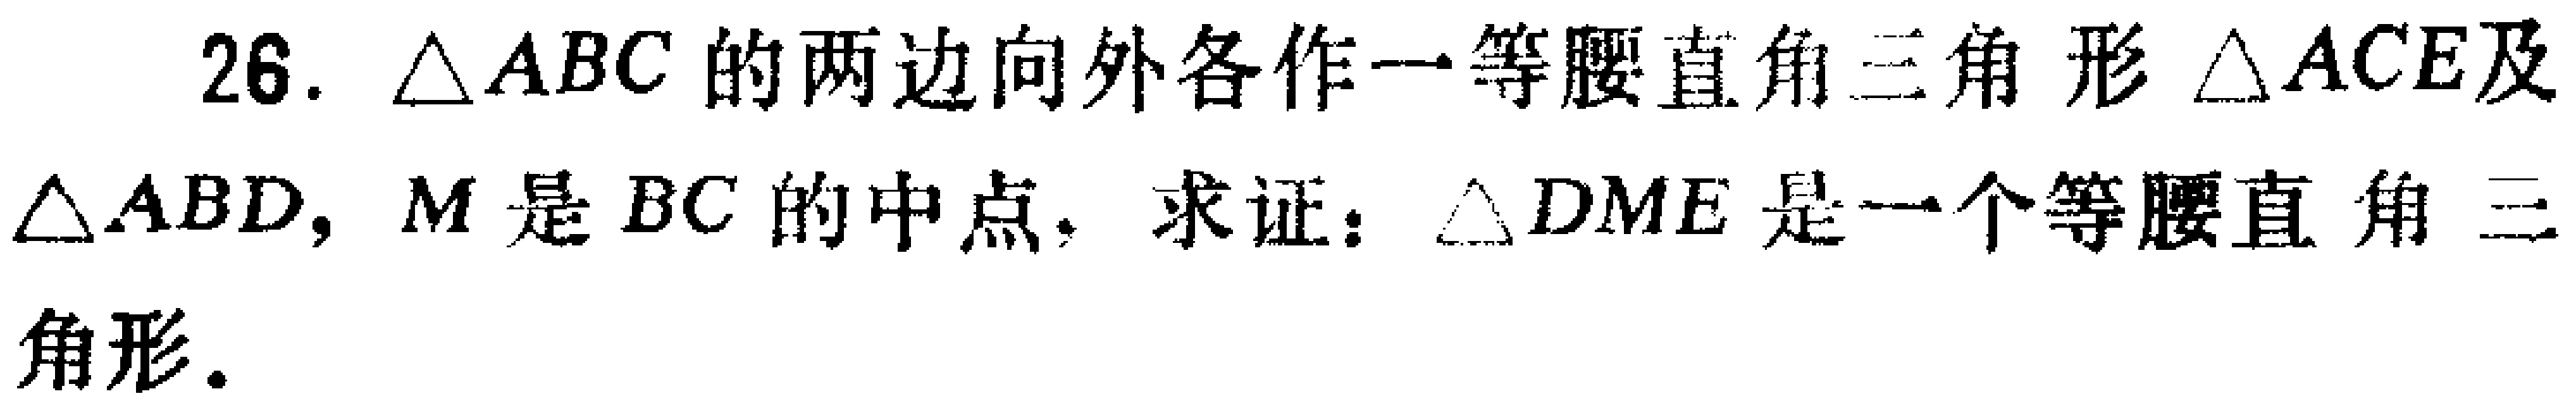
26. $\triangle ABC$的两边向外各作一等腰直角三角形$\triangle ACE$及$\triangle ABD$，$M$是$BC$的中点，求证：$\triangle DME$是一个等腰直角三角形。